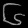
Digit: ၆